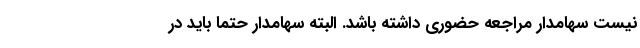
نیست سهامدار مراجعه حضوری داشته باشد. البته سهامدار حتما باید در